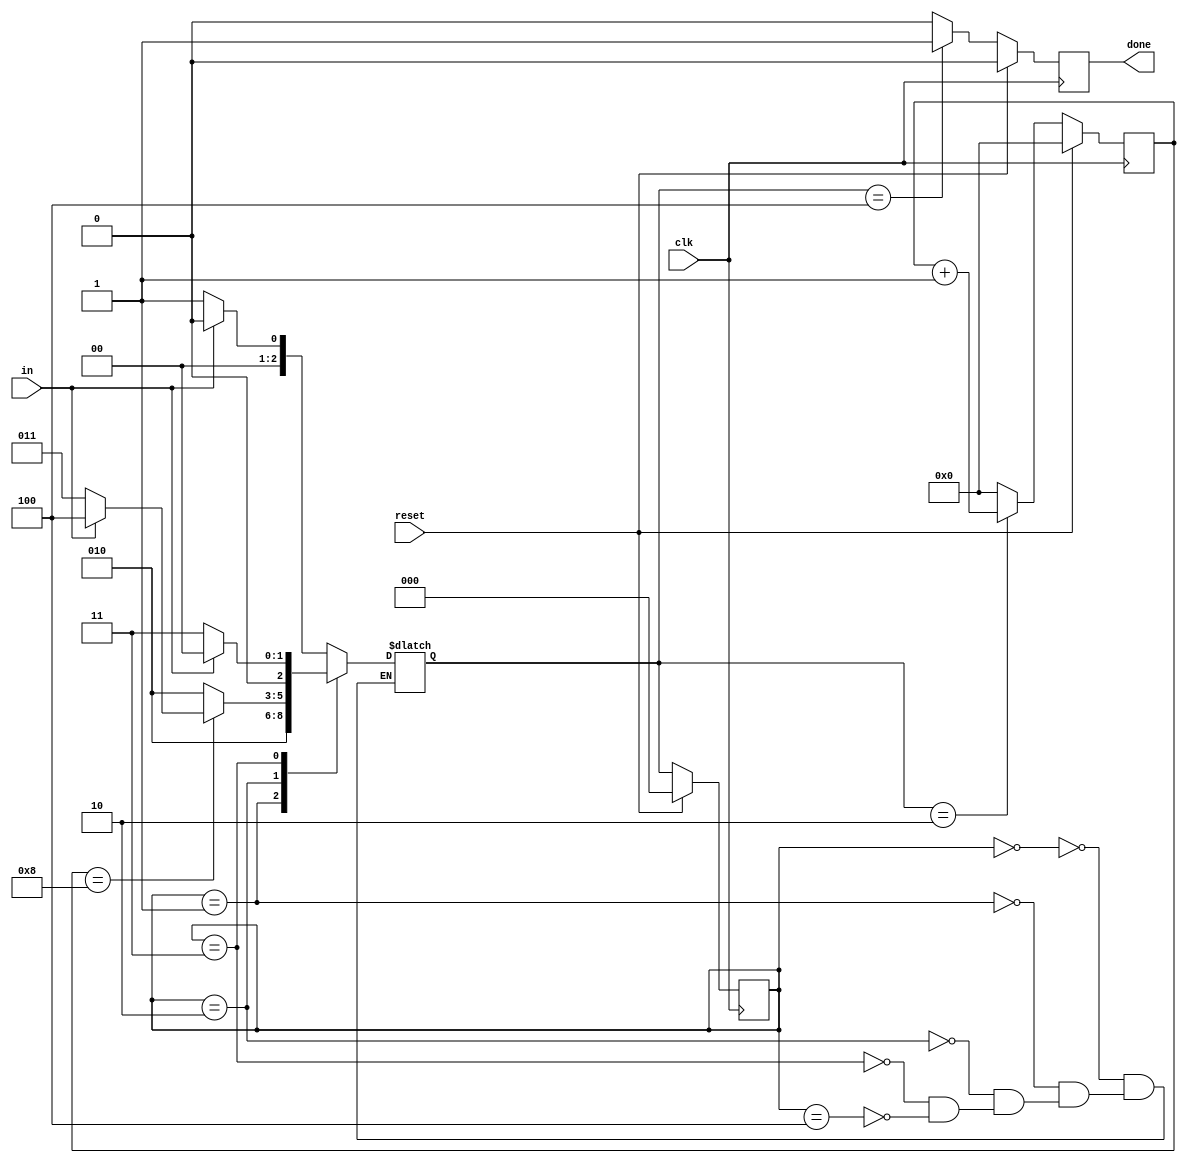
module top_module(
    input clk,
    input in,
    input reset,    // Synchronous reset
    output done
); 
	parameter IDLE=0,START=1,RECEIVE=2,WAIT=3,STOP=4;
    reg [2:0] state,next_state;
    reg [3:0] count;
    always @(*) begin
        case(state)
            IDLE : next_state = (in) ? IDLE : START;
            START : next_state = RECEIVE;
            RECEIVE : next_state = (count==8) ? ((in) ? STOP : WAIT) : RECEIVE;
            WAIT : next_state = (in) ? IDLE : WAIT;
            STOP : next_state = (in) ? IDLE : START;
        endcase
    end
    always @(posedge clk) begin
        if(reset)
            state<=IDLE;
        else
            state<=next_state;
    end
    
    always @(posedge clk) begin
        if(reset) begin
            done<=0;
        	count<=0;
        end
        else begin
            case(next_state)
                RECEIVE : begin 
                    		done<=0;
                    		count<=count+1;
                		  end
                STOP : begin
                    	done<=1;
                    	count<=0;
                end
                default : begin
                    		done<=0;
                    		count<=0;
                end
            endcase
        end
    end
endmodule